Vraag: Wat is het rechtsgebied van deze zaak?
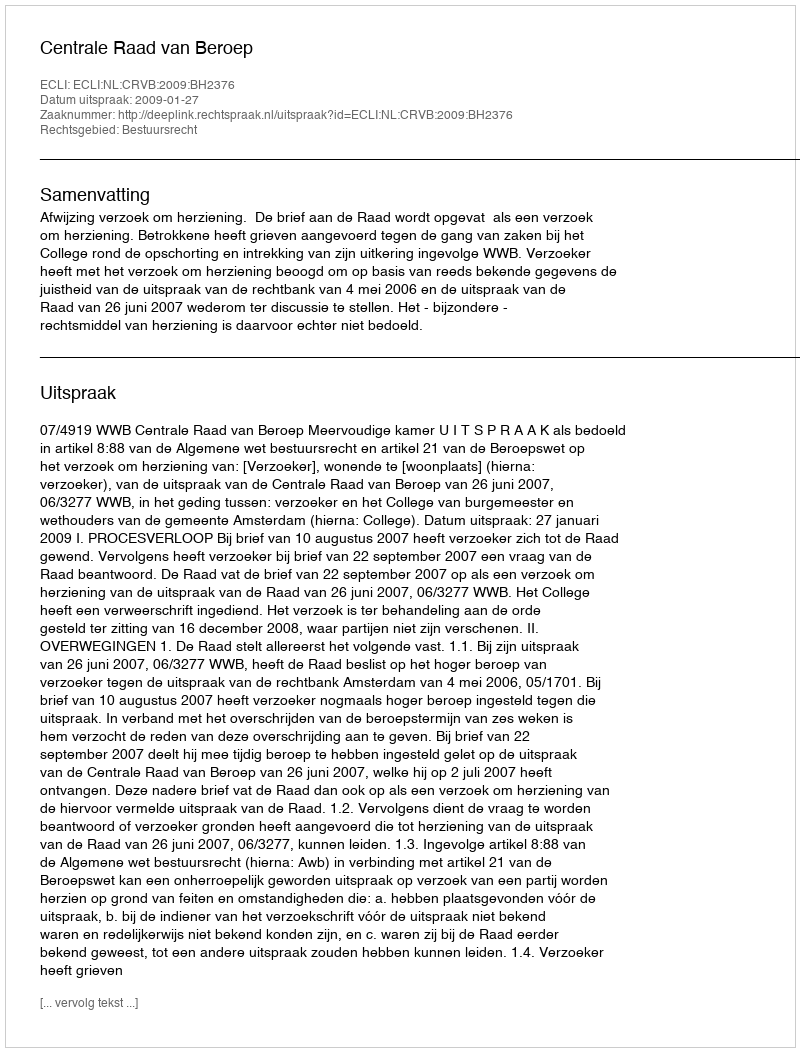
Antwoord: Bestuursrecht